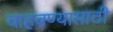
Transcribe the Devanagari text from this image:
वाहवण्यासाठी